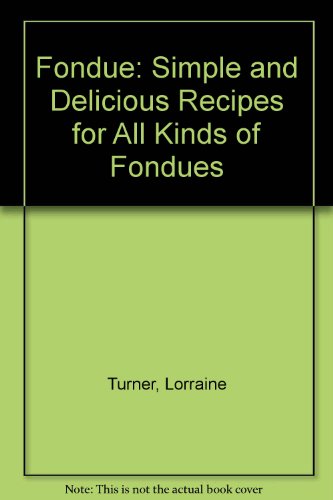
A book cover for Fondue: Simple and Delicious Recipes for All Kinds of Fondues; Lorraine Turner; Cookbooks, Food & Wine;